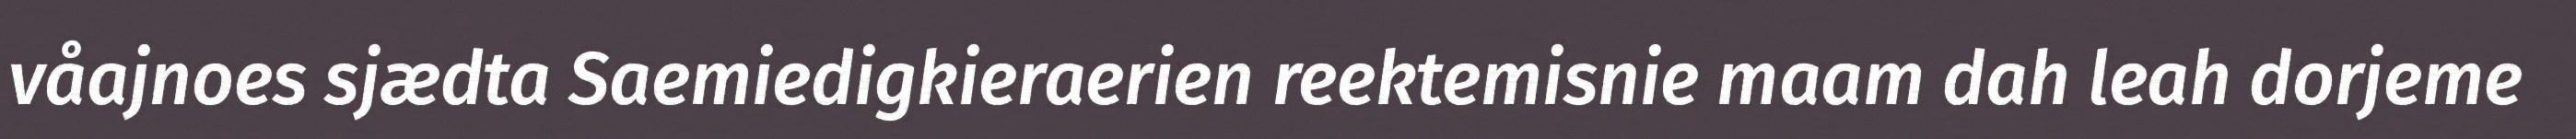
våajnoes sjædta Saemiedigkieraerien reektemisnie maam dah leah dorjeme